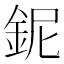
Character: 鈮